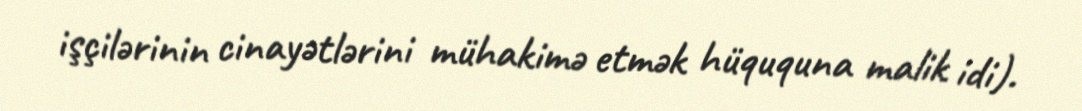
işçilərinin cinayətlərini mühakimə etmək hüququna malik idi).